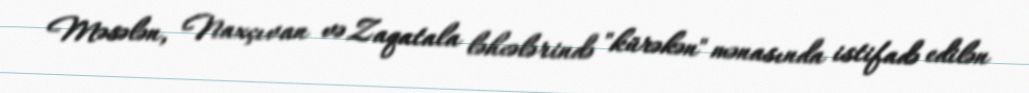
Məsələn, Naxçıvan və Zaqatala ləhcələrində "kürəkən" mənasında istifadə edilən